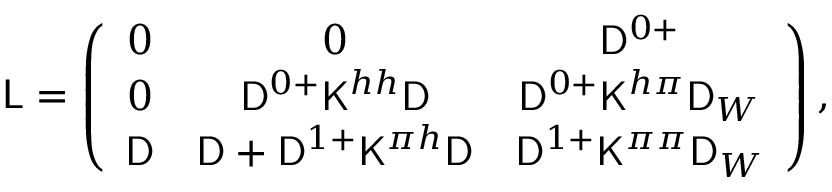
\mathsf { L } = \left( \begin{array} { c c c } { 0 } & { 0 } & { \mathsf { D } ^ { 0 + } } \\ { 0 } & { \mathsf { D } ^ { 0 + } \mathsf { K } ^ { h h } \mathsf { D } } & { \mathsf { D } ^ { 0 + } \mathsf { K } ^ { h \pi } \mathsf { D } _ { W } } \\ { \mathsf { D } } & { \mathsf { D } + \mathsf { D } ^ { 1 + } \mathsf { K } ^ { \pi h } \mathsf { D } } & { \mathsf { D } ^ { 1 + } \mathsf { K } ^ { \pi \pi } \mathsf { D } _ { W } } \end{array} \right) ,